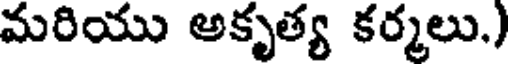
మరియు అకృత్య కర్మలు.)